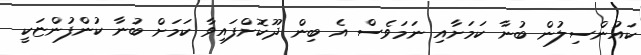
ކައުންސިލުން ބުނާ ކަމަށާއި ނަމަވެސް އެ ބިން ދޫކޮށްފައިވާ ކަމަށް ބުނާ ކުންފުންޏަކީ